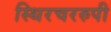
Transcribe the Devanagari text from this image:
स्थिरचररुपी